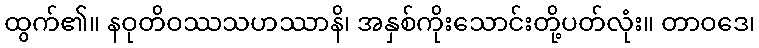
ထွက်၏။ နဝုတိဝဿသဟဿာနိ၊ အနှစ်ကိုးသောင်းတို့ပတ်လုံး။ တာဝဒေ၊